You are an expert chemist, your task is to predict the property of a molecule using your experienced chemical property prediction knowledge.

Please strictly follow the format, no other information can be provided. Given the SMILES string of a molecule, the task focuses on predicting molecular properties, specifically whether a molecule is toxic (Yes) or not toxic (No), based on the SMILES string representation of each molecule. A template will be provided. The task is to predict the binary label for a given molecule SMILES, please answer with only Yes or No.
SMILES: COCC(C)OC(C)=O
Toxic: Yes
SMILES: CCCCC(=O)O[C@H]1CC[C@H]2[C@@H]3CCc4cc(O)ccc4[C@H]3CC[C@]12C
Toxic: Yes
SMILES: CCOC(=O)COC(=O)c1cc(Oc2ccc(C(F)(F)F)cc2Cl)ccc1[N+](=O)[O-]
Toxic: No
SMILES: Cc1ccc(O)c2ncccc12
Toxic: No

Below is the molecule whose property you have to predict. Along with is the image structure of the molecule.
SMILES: O=S(=O)(O)c1cc(Cl)c(Cl)cc1Cl
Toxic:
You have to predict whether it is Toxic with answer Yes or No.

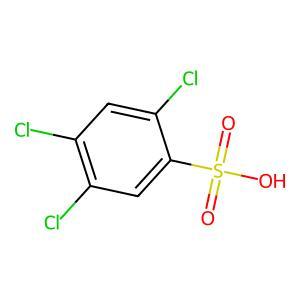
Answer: No